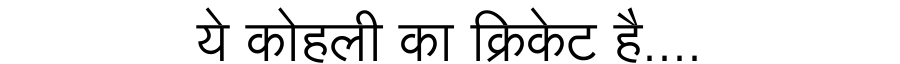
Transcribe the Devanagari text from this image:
ये कोहली का क्रिकेट है....